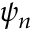
\psi _ { n }